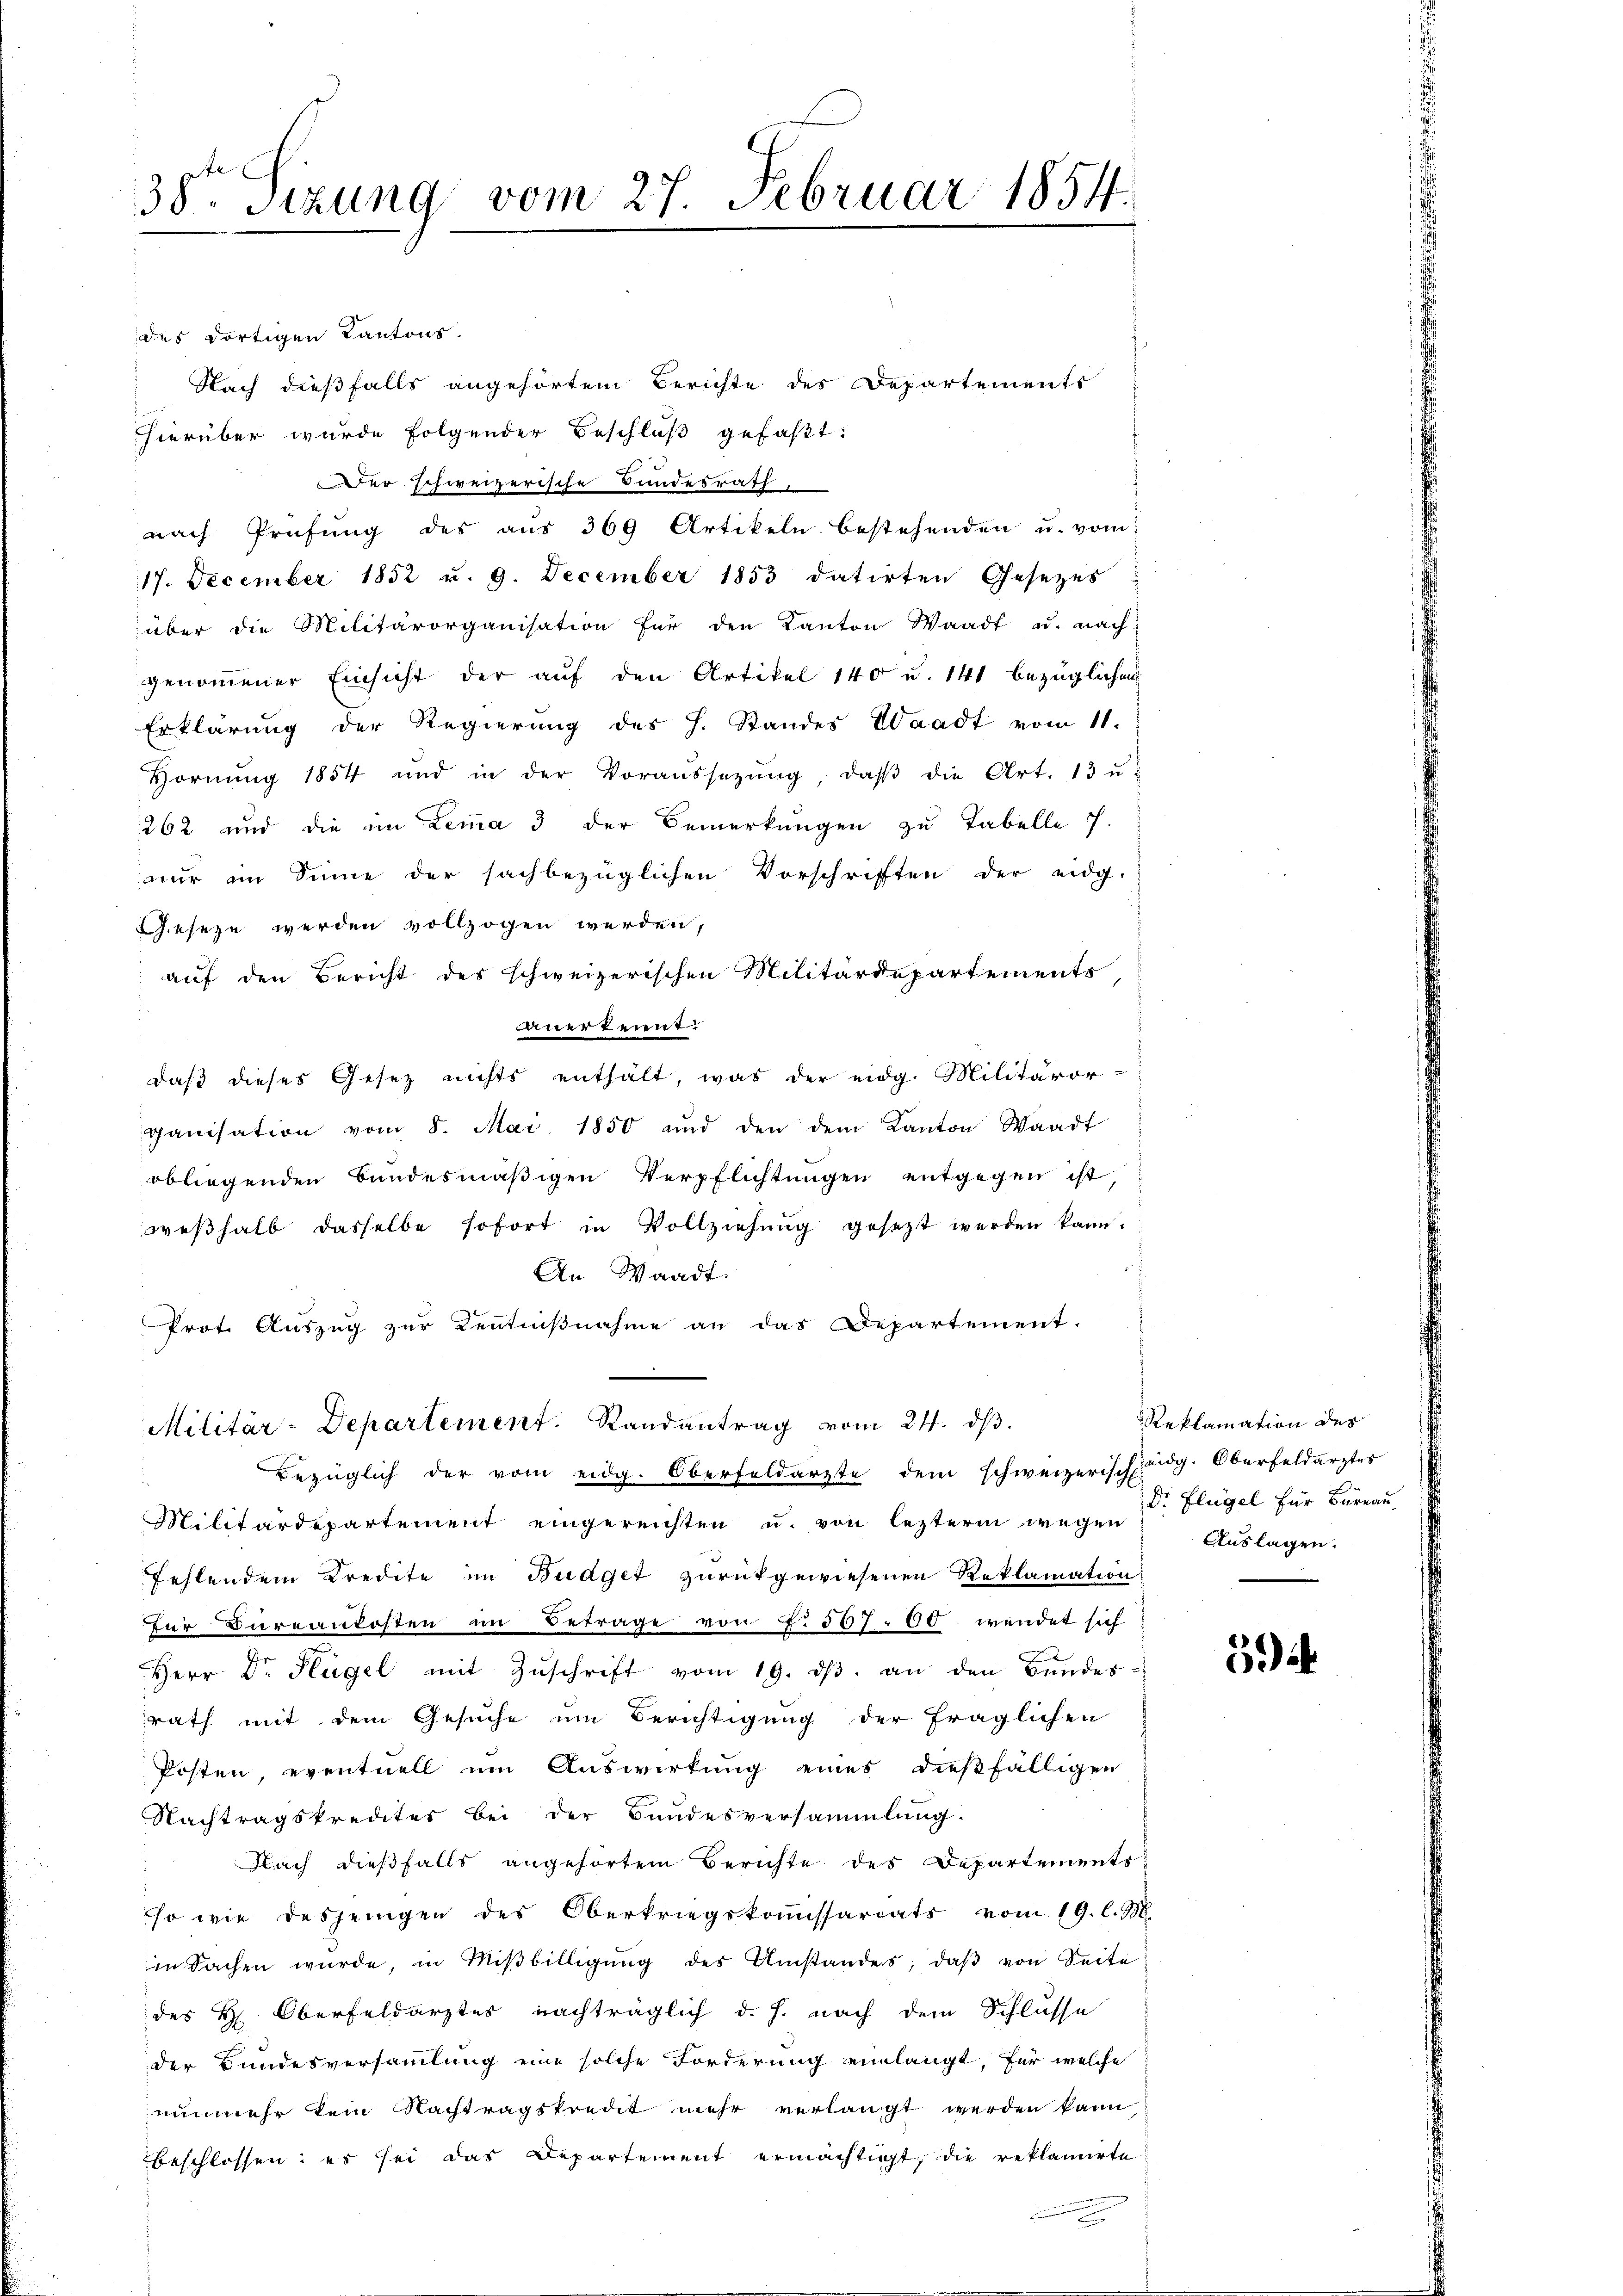
38. Sitzung vom 27. Februar 1854.

des dortigen Kantons.
Nach dießfalls angehörtem Berichte des Departements
hierüber wurde folgender Beschluß gefaßt:
er schweizerische Bundesrath,
nach Prüfung des aŭs 369 Artikeln bestehenden u. vom
17. December 1852 u. 9. December 1853 datirten Gesetzes
über die Militärorganisation für den Kanton Waadt u. nach
genommener Einsicht der auf den Artikel 140 u. 141 bezüglichen
Erklärung der Regierung des H. Standes Waadt vom 11.
Hornung 1854 und in der Voraussetzŭng, daβ die Art. 13 u.
262 und die im Lemma 3 der Bemerkungen zu Tabelle s.
nur im Sinne der sachbezüglichen Vorschrifften der eidg-
eseze werden vollzogen werden,
auf den Bericht des schweizerischen Militärdepartements
auerkennt:
daß dieses Gesetz nichts enthält, was der eidg. Militäror-
ganisation vom 8. Mai 1850 und den dem Kanton Waadt
obliegenden Bundesmäßigen Verpflichtungen entgegen ist,
weßhalb dasselbe sofort in Vollziehung gesezt werden kann.
An Waadt.
Prot. Auszug zur Kenntnißnahme an das Departement.

Militär-Departement. Randantrag vom 24. dβ.

bezüglich der vom eidg. Oberfeldarzte dem schweizerischeidg. Oberfeldarztes
Militärdepartement eingereichten u. von lezterm wegen
fehlendem Kredite im Budget zurückgewiesenen Reklamation
für Bureankosten im Betrage von L. 557. 600. wendet sich
Herr Dr. Flügel mit Zŭschrift vom 19. dβ. an den Bŭndes-
rath mit dem Gesuche um Berichtigung der fraglichen
Posten, eventuell um Auswirkung eines dießfälligen
Nachtragskredites bei der Bundesversammlung.
Nach dießfalls angehörtem Berichte des Departements
so wie desjenigen des Oberkriegskoṁissariats vom 19. l. M.
in Sachen würde, in Miβbilligŭng des Umstandes, daβ von Seite
des H. Oberfeldarztes nachträglich d. h. nach dem Schlusse
der Bundesversammlung eine solche Forderung einlangt, für welche
nunmehr kein Nachtragskredit mehr verlangt werden kann
beschlossen: es sei das Departement ermächtigt, die reklamirte

Reklamation des
Dr. Flügel für Büreau
Auslagen.

594